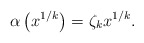
\begin{align*} \alpha\left(x^{1/k} \right) =\zeta_k x^{1/k}.\end{align*}